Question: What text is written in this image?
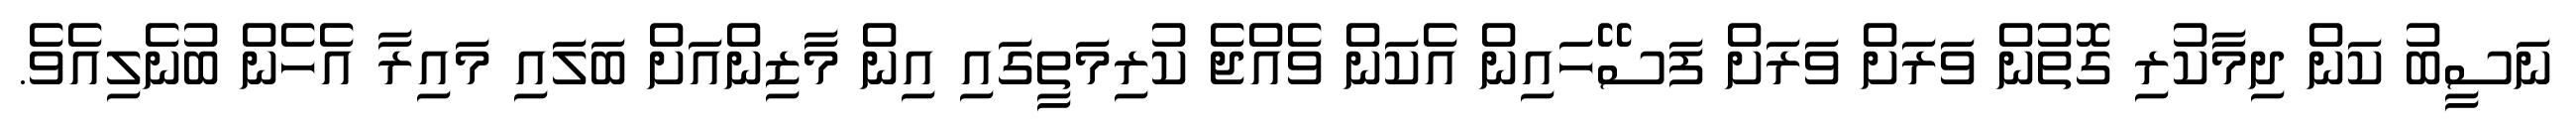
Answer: ނަސީބު ކަން ދިމާކުރި ގޮތުން ވަރަށް ވަރަށް ފަސޭހައިން އެކަން ވެއްޖެ ކުރިމަތީގައި އިން މާޒިންއަށް ބަލައި މައިރާ އެހެން ބުނެލިއެވެ.